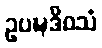
ဥပဍ္ဎဒိဝသံ